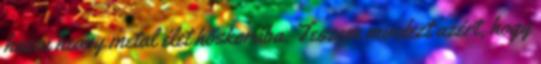
hazai heavy metal élet hőskorába. Teszem mindezt azért, hogy